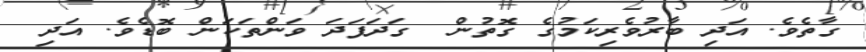
ގާތެވެ. އަދި ބާރުވެރިކަމުގެ ގޮތުން  ގަދަފަދަ ވަންތަކަން ބޮޑެވެ. އަދި